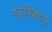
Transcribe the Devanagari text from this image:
इराक्लियस